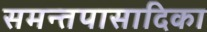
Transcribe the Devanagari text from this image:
समन्तपासादिका